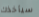
سيأخذك